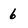
Character: 6